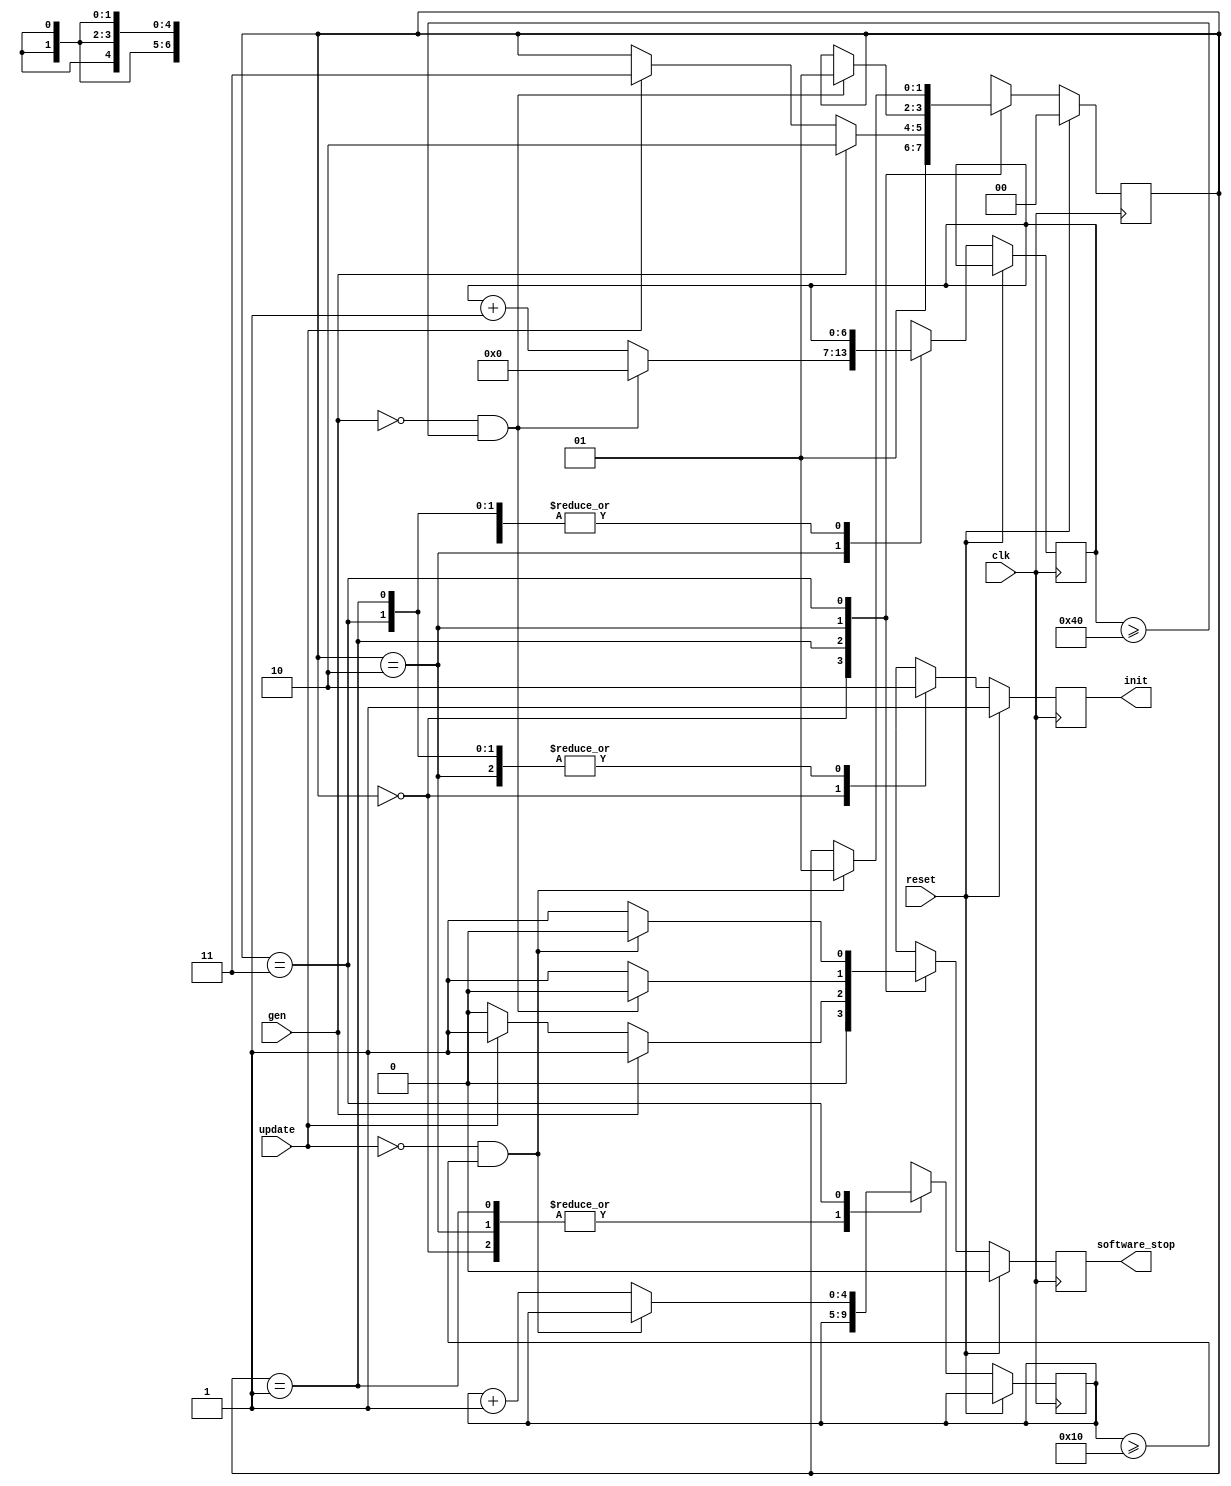
module control_block(clk, gen, update, reset, software_stop, init);
  input clk, gen, update, reset;
  output reg software_stop, init;
  
  // THESE COUNTERS ARE TEMPORARY
  reg [6:0] sendMoveCycleCounter = 0;
  reg [4:0] updateBoardCycleCounter = 0;
  localparam SEND_MOVE_COUNTER_MAX = 64;
  localparam UPDATE_BOARD_COUNTER_MAX = 16;
  
  
  localparam INIT_STATE   = 2'b00;
  localparam READY_STATE  = 2'b01;
  localparam SEND_STATE   = 2'b10;
  localparam UPDATE_STATE = 2'b11;
  
  reg [1:0] currentState = INIT_STATE;
  
  always @ (posedge clk) begin
    
    if(reset) begin
      currentState = INIT_STATE;
      software_stop = 0;
      init = 1;
    end
    
    else begin
      case(currentState) 
        
        INIT_STATE: begin
		  currentState = READY_STATE;
      	  software_stop = 0;
      	  init = 1;
        end
        
        READY_STATE: begin
          if(gen) begin
            currentState = SEND_STATE;
            software_stop = 1;
            init = 0;
          end
          
          else if(update) begin
            currentState = UPDATE_STATE;
            software_stop = 1;
            init = 0;
          end
          
          else begin
            software_stop = 0;
            init = 0;
          end
          
        end
        
        SEND_STATE: begin
          if(!gen && sendMoveCycleCounter >= SEND_MOVE_COUNTER_MAX) begin
            sendMoveCycleCounter = 0;
            currentState = READY_STATE;
            software_stop = 0;
            init = 0;
          end
          
          else begin
            sendMoveCycleCounter = sendMoveCycleCounter + 1;
            software_stop = 1;
            init = 0;
          end

        end
        
        UPDATE_STATE: begin
          
          if(!update && updateBoardCycleCounter >= UPDATE_BOARD_COUNTER_MAX) begin
            currentState = READY_STATE;
            software_stop = 0;
            init = 0;
          end
          
          else begin
            updateBoardCycleCounter = updateBoardCycleCounter + 1;
            software_stop = 1;
            init = 0;
          end
          
        end
        
      endcase
        
            
    end
    
  end
  
  
endmodule